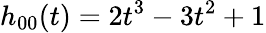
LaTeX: h_{00}(t)=2t^{3}-3t^{2}+1